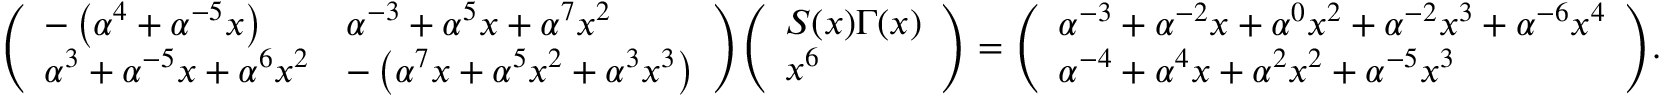
{ \left( \begin{array} { l l } { - \left( \alpha ^ { 4 } + \alpha ^ { - 5 } x \right) } & { \alpha ^ { - 3 } + \alpha ^ { 5 } x + \alpha ^ { 7 } x ^ { 2 } } \\ { \alpha ^ { 3 } + \alpha ^ { - 5 } x + \alpha ^ { 6 } x ^ { 2 } } & { - \left( \alpha ^ { 7 } x + \alpha ^ { 5 } x ^ { 2 } + \alpha ^ { 3 } x ^ { 3 } \right) } \end{array} \right) } { \left( \begin{array} { l } { S ( x ) \Gamma ( x ) } \\ { x ^ { 6 } } \end{array} \right) } = { \left( \begin{array} { l } { \alpha ^ { - 3 } + \alpha ^ { - 2 } x + \alpha ^ { 0 } x ^ { 2 } + \alpha ^ { - 2 } x ^ { 3 } + \alpha ^ { - 6 } x ^ { 4 } } \\ { \alpha ^ { - 4 } + \alpha ^ { 4 } x + \alpha ^ { 2 } x ^ { 2 } + \alpha ^ { - 5 } x ^ { 3 } } \end{array} \right) } .